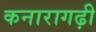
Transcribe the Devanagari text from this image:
कनारागढ़ी